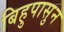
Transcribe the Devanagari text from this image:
बिहुपासुन